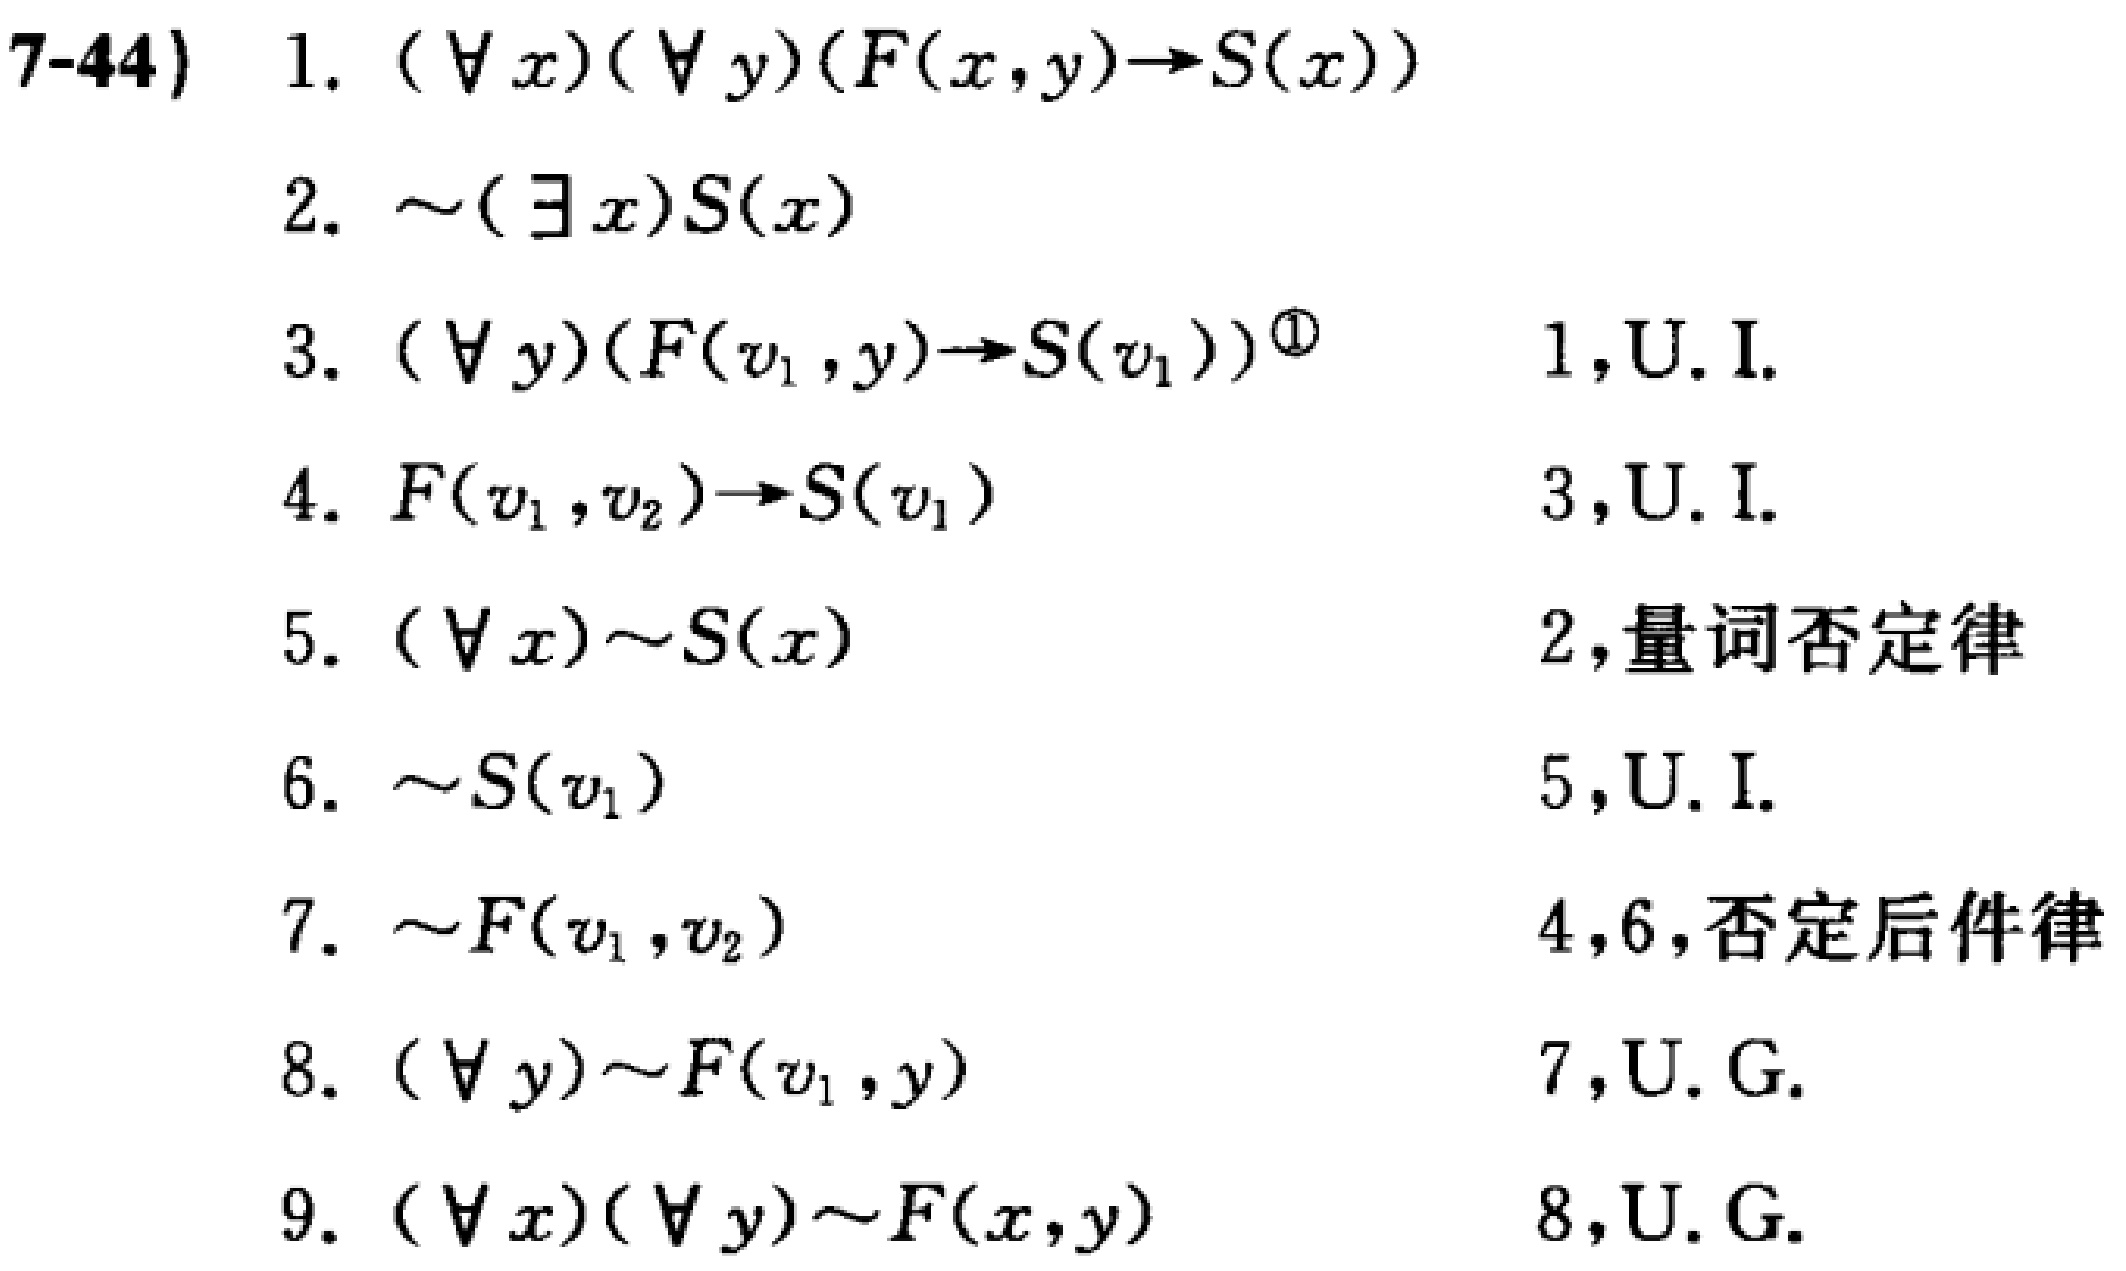
7-44)
1. $(\forall x)(\forall y)(F(x,y)\to S(x))$
2. $\sim(\exists x)S(x)$
3. $(\forall y)(F(v_1,y)\to S(v_1))^{\textcircled{1}}$ 1,U.I.
4. $F(v_1,v_2)\to S(v_1)$ 3,U.I.
5. $(\forall x)\sim S(x)$ 2,量词否定律
6. $\sim S(v_1)$ 5,U.I.
7. $\sim F(v_1,v_2)$ 4,6,否定后件律
8. $(\forall y)\sim F(v_1,y)$ 7,U.G.
9. $(\forall x)(\forall y)\sim F(x,y)$ 8,U.G.